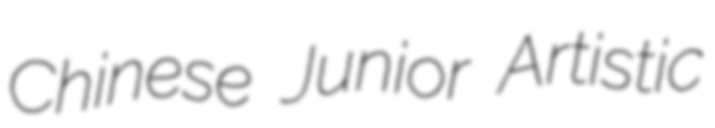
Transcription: Chinese Junior Artistic